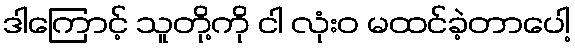
ဒါကြောင့် သူတို့ကို ငါ လုံးဝ မထင်ခဲ့တာပေါ့